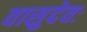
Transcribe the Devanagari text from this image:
वासुदेवः